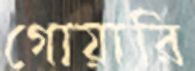
গোয়ারি